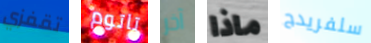
تقفزي تاتوم آخر ماذا سلفريدج